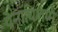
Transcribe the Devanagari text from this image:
येनाघिलग्मे